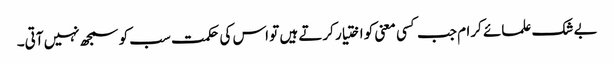
بے شک علمائے کرام جب کسی معنی کو اختیار کرتے ہیں تو اس کی حکمت سب کو سمجھ نہیں آتی۔